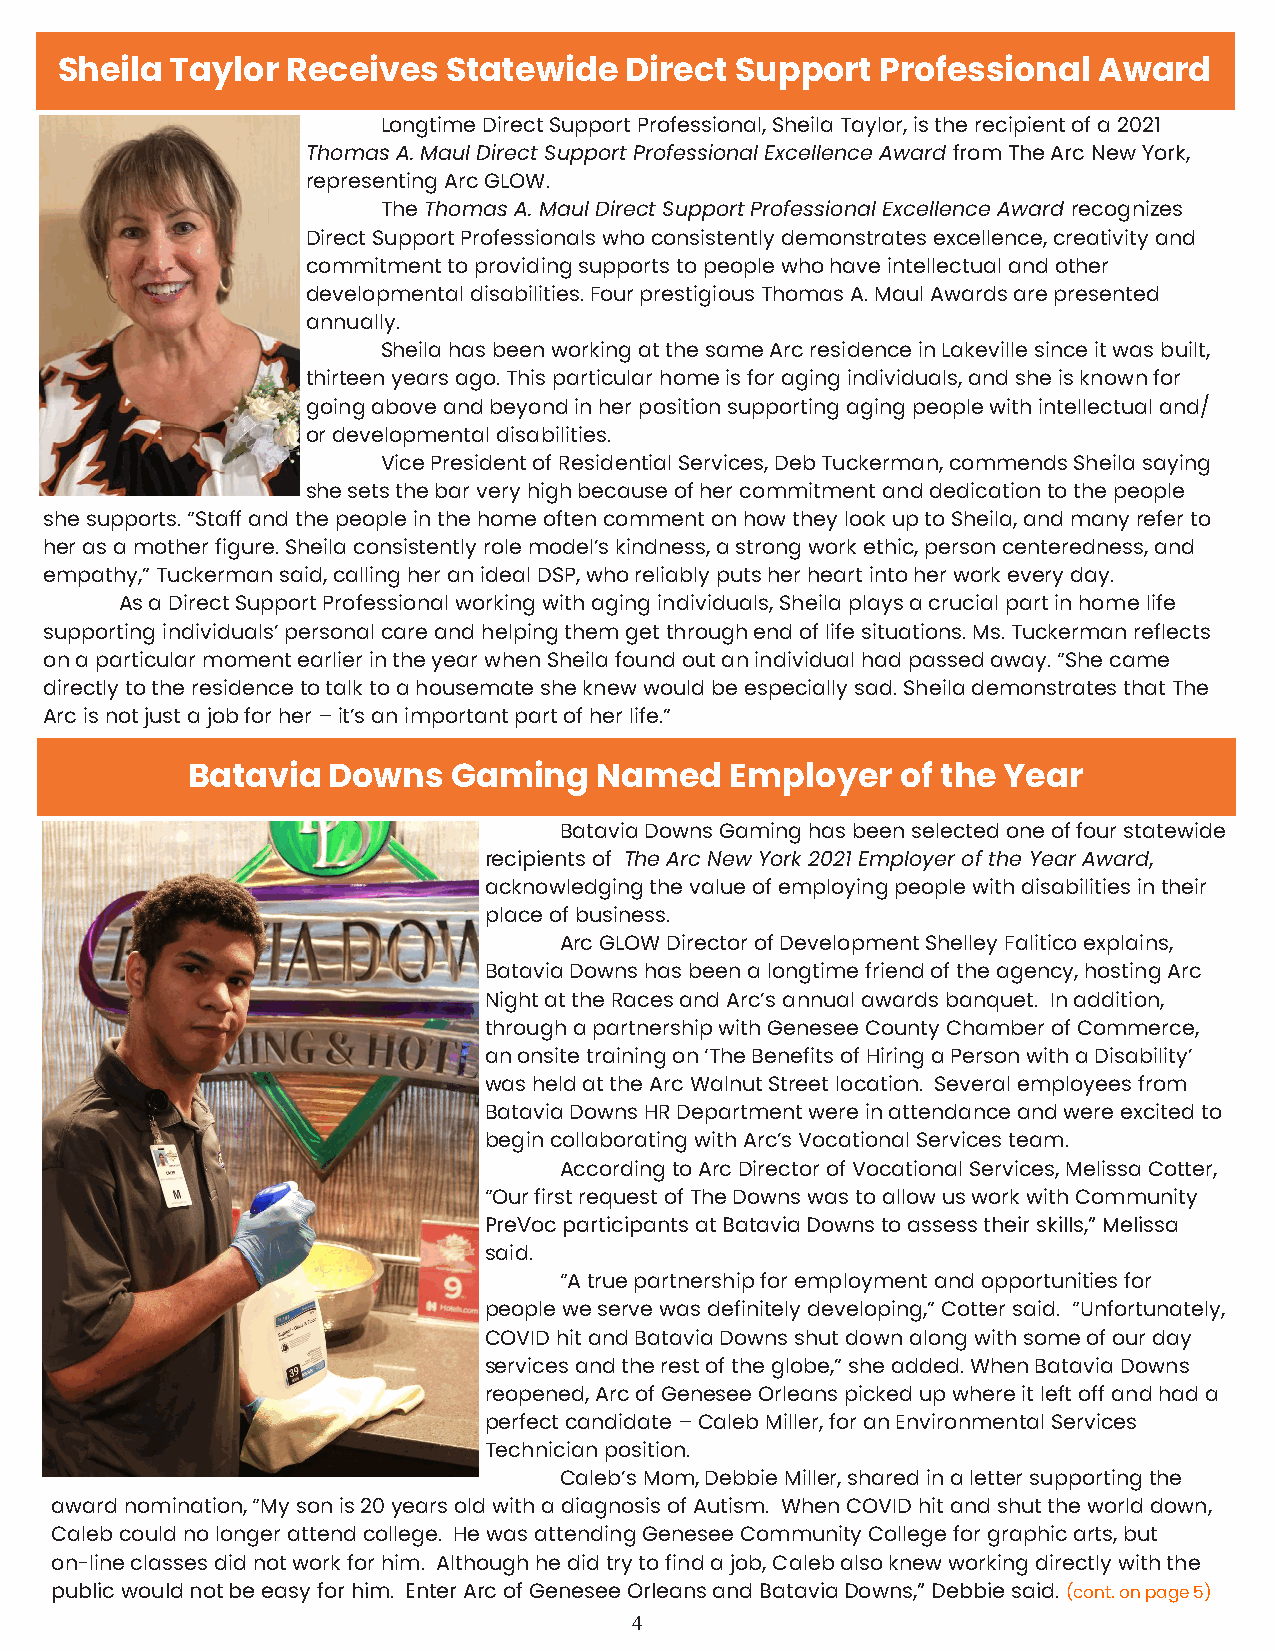
Sheila Taylor  Receives   Statewide  Direct  Support  Professional   Award
 Longtime Direct Support Professional, Sheila Taylor, is the recipient of a 2021
 Thomas A. Maul Direct Support Professional Excellence Award from The Arc New York,
 representing Arc GLOW.
 The Thomas A. Maul Direct Support Professional Excellence Award recognizes
 Direct Support Professionals who consistently demonstrates excellence, creativity and
 commitment to providing supports to people who have intellectual and other
 developmental disabilities. Four prestigious Thomas A. Maul Awards are presented
 annually.
 Sheila has been working at the same Arc residence in Lakeville since it was built,
 thirteen years ago. This particular home is for aging individuals, and she is known for
 going above and beyond in her position supporting aging people with intellectual and/
 or developmental disabilities.
 Vice President of Residential Services, Deb Tuckerman, commends Sheila saying
 she sets the bar very high because of her commitment and dedication to the people
 she supports. “Staff and the people in the home often comment on how they look up to Sheila, and many refer to
 her as a mother figure. Sheila consistently role model’s kindness, a strong work ethic, person centeredness, and
 empathy,” Tuckerman said, calling her an ideal DSP, who reliably puts her heart into her work every day.
 As a Direct Support Professional working with aging individuals, Sheila plays a crucial part in home life
 supporting individuals’ personal care and helping them get through end of life situations. Ms. Tuckerman reflects
 on a particular moment earlier in the year when Sheila found out an individual had passed away. “She came
 directly to the residence to talk to a housemate she knew would be especially sad. Sheila demonstrates that The
 Arc is not just a job for her – it’s an important part of her life.”
 Batavia   Downs   Gaming   Named    Employer    of the Year
 Batavia Downs Gaming has been selected one of four statewide
 recipients of The Arc New York 2021 Employer of the Year Award,
 acknowledging the value of employing people with disabilities in their
 place of business.
 Arc GLOW Director of Development Shelley Falitico explains,
 Batavia Downs has been a longtime friend of the agency, hosting Arc
 Night at the Races and Arc’s annual awards banquet. In addition,
 through a partnership with Genesee County Chamber of Commerce,
 an onsite training on ‘The Benefits of Hiring a Person with a Disability’
 was held at the Arc Walnut Street location. Several employees from
 Batavia Downs HR Department were in attendance and were excited to
 begin collaborating with Arc’s Vocational Services team.
 According to Arc Director of Vocational Services, Melissa Cotter,
 “Our first request of The Downs was to allow us work with Community
 PreVoc participants at Batavia Downs to assess their skills,” Melissa
 said.
 “A true partnership for employment and opportunities for
 people we serve was definitely developing,” Cotter said. “Unfortunately,
 COVID hit and Batavia Downs shut down along with some of our day
 services and the rest of the globe,” she added. When Batavia Downs
 reopened, Arc of Genesee Orleans picked up where it left off and had a
 perfect candidate – Caleb Miller, for an Environmental Services
 Technician position.
 Caleb’s Mom, Debbie Miller, shared in a letter supporting the
 award nomination, “My son is 20 years old with a diagnosis of Autism. When COVID hit and shut the world down,
 Caleb could no longer attend college. He was attending Genesee Community College for graphic arts, but
 on-line classes did not work for him. Although he did try to find a job, Caleb also knew working directly with the
 public would not be easy for him. Enter Arc of Genesee Orleans and Batavia Downs,” Debbie said. (cont. on page 5)
 4